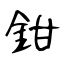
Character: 鉗